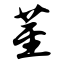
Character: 茎